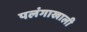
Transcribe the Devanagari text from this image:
पलंगाखाली